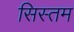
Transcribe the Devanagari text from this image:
सिस्तम